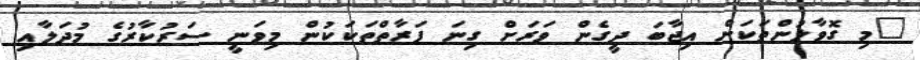
"މި ގޮވާލުންތަކަށް އިޖާބަ ދީގެން ވަރަށް ގިނަ ފަރާތްތަކަކުން މިވަނީ ސަރުކާރުގެ މުދަލާއި